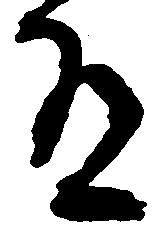
有